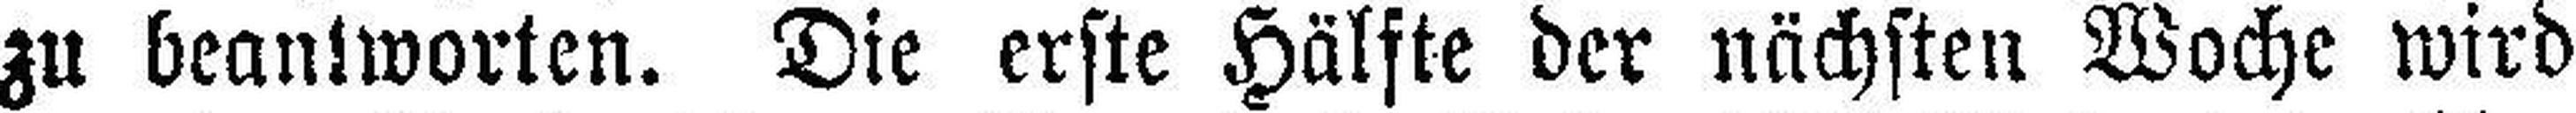
zu beantworten. Die erste Hälfte der nächsten Woche wird